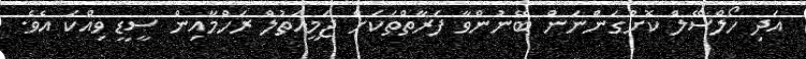
އަދި ހޯލްސޭލް ކޮށްގަންނަން ބޭނުންވާ ފަރާތްތަކަށް ޖަމީއަތުލް ރަހްމާއިން ސީޑީ ވިއްކަ އެވެ.